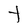
Character: t